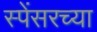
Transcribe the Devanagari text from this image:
स्पेंसरच्या